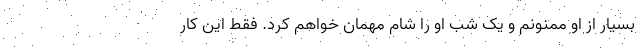
بسیار از او ممنونم و یک شب او را شام مهمان خواهم کرد. فقط این کار